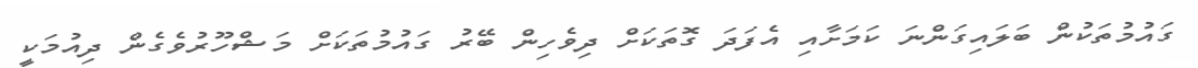
ގައުމުތަކުން ބަލައިގަންނަ ކަމަށާއި އެފަދަ ގޮތަކަށް ދިވެހިން ބޭރު ގައުމުތަކަށް މަޝްހޫރުވެގެން ދިއުމަކީ